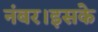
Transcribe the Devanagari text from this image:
नंबर।इसके